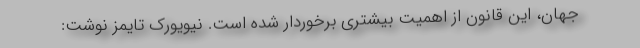
جهان، این قانون از اهمیت بیشتری برخوردار شده است. نیویورک تایمز نوشت: